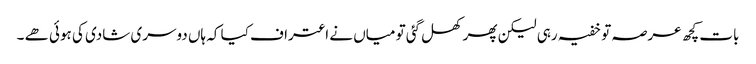
بات کچھ عرصہ تو خفیہ رہی لیکن پھر کھل گئی تو میاں نے اعتراف کیا کہ ہاں دوسری شادی کی ہوئی ھے ۔